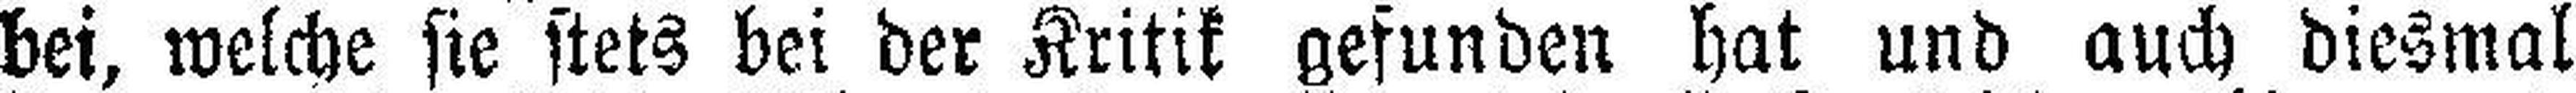
bei, welche sie stets bei der Kritik gefunden hat und auch diesmal